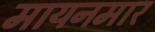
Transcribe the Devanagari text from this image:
मायनमार